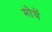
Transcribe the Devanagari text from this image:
मोघें